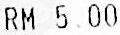
RM 5.00